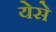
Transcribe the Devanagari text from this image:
येसे